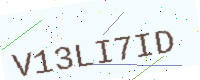
Text: V13LI7ID